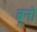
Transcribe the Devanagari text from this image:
बूनो